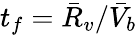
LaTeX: t_{f}=\bar{R}_{v}/\bar{V}_{b}